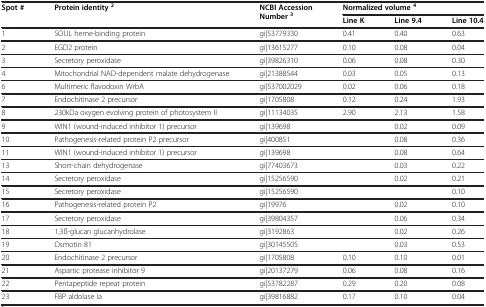
<table><thead><tr><td rowspan="2"><b>Spot#</b></td><td rowspan="2"><b>Protein identity <sup>2</sup></b></td><td rowspan="2"><b>NCBI Accession Number <sup>3</sup></b></td><td colspan="3"><b>Normalized volume <sup>4</sup></b></td></tr><tr><td><b>Line K</b></td><td><b>Line 9.4</b></td><td><b>Line 10.4</b></td></tr></thead><tbody><tr><td>1</td><td>SOUL heme-binding protein</td><td>gi|53779330</td><td>0.41</td><td>0.40</td><td>0.63</td></tr><tr><td>2</td><td>EGD2 protein</td><td>gi|13615277</td><td>0.10</td><td>0.08</td><td>0.04</td></tr><tr><td>3</td><td>Secretory peroxidase</td><td>gi|39826310</td><td>0.06</td><td>0.08</td><td>0.30</td></tr><tr><td>4</td><td>Mitochondrial NAD-dependent malate dehydrogenase</td><td>gi|21388544</td><td>0.03</td><td>0.05</td><td>0.13</td></tr><tr><td>6</td><td>Multimeric flavodoxin WrbA</td><td>gi|537002029</td><td>0.02</td><td>0.06</td><td>0.18</td></tr><tr><td>7</td><td>Endochitinase 2 precursor</td><td>gi|1705808</td><td>0.12</td><td>0.24</td><td>1.93</td></tr><tr><td>8</td><td>230kDa oxygen evolving protein of photosystem II</td><td>gi|11134035</td><td>2.90</td><td>2.13</td><td>1.58</td></tr><tr><td>9</td><td>WIN1 (wound-induced inhibitor 1) precursor</td><td>gi|139698</td><td> </td><td>0.02</td><td>0.09</td></tr><tr><td>10</td><td>Pathogenesis-related protein P2 precursor</td><td>gi|400851</td><td> </td><td>0.08</td><td>0.36</td></tr><tr><td>11</td><td>WIN1 (wound-induced inhibitor 1) precursor</td><td>gi|139698</td><td> </td><td>0.08</td><td>0.64</td></tr><tr><td>13</td><td>Short-chain dehydrogenase</td><td>gi|77403673</td><td> </td><td>0.03</td><td>0.22</td></tr><tr><td>14</td><td>Secretory peroxidase</td><td>gi|15256590</td><td> </td><td>0.02</td><td>0.21</td></tr><tr><td>15</td><td>Secretory peroxidase</td><td>gi|15256590</td><td> </td><td> </td><td>0.10</td></tr><tr><td>16</td><td>Pathogenesis-related protein P2</td><td>gi|19976</td><td> </td><td>0.02</td><td>0.10</td></tr><tr><td>17</td><td>Secretory peroxidase</td><td>gi|39804357</td><td> </td><td>0.06</td><td>0.34</td></tr><tr><td>18</td><td>1,3ß-glucan glucanhydrolase</td><td>gi|3192863</td><td> </td><td>0.02</td><td>0.26</td></tr><tr><td>19</td><td>Osmotin 81</td><td>gi|30145505</td><td> </td><td>0.03</td><td>0.53</td></tr><tr><td>20</td><td>Endochitinase 2 precursor</td><td>gi|1705808</td><td>0.10</td><td>0.10</td><td>0.01</td></tr><tr><td>21</td><td>Aspartic protease inhibitor 9</td><td>gi|20137279</td><td>0.06</td><td>0.08</td><td>0.16</td></tr><tr><td>22</td><td>Pentapeptide repeat protein</td><td>gi|53782287</td><td>0.29</td><td>0.20</td><td>0.08</td></tr><tr><td>23</td><td>FBP aldolase Ia</td><td>gi|39816882</td><td>0.17</td><td>0.10</td><td>0.04</td></tr></tbody></table>